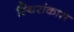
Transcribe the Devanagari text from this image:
स्थिरांकास